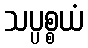
သပ္ပစ္စယံ